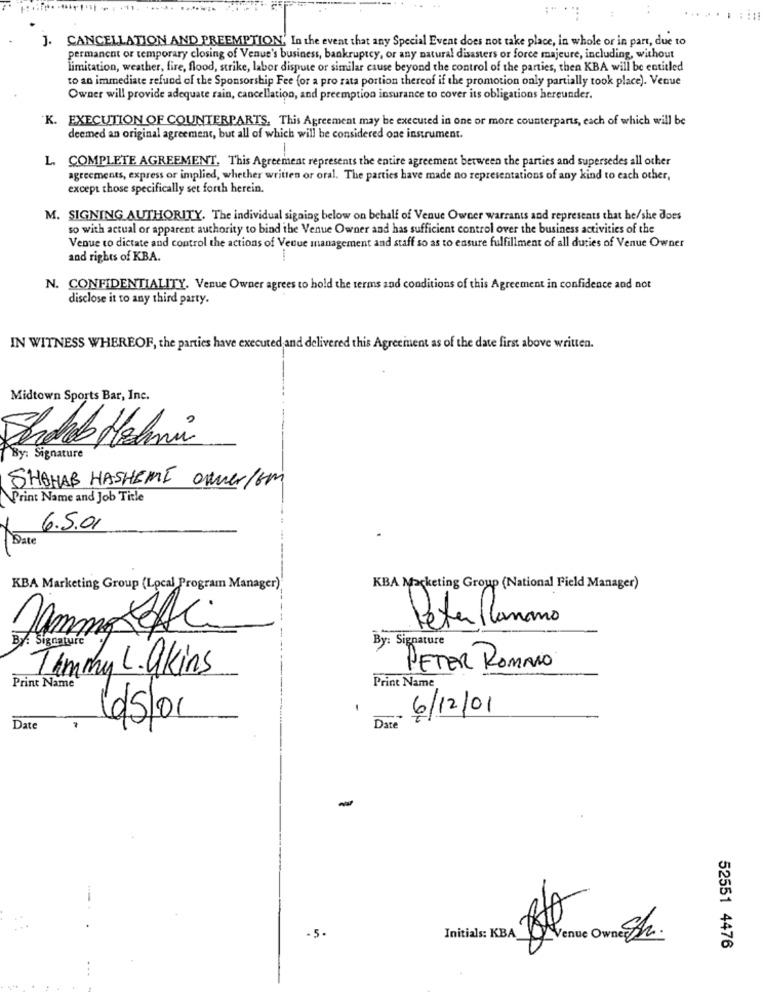
J.
CANCELLATION AND PREEMPTION, In the event that any Special Event does not take place, in whole or in part, due to
permanent or temporary closing of Venue's business, bankruptcy, or any natural disasters or force majeure, including, without
limitation, weather, fire, flood, strike, labor dispute or similar cause beyond the control of the parties, then KBA will be entitled
to an immediate refund of the Sponsorship Fee (or a pro rata portion thereof if the promotion only partially took place). Venue
Owner will provide adequate rain, cancellation, and preemption insurance to cover its obligations hereunder.
K. EXECUTION OF COUNTERPARTS, This Agreement may be executed in one or more counterparts, each of which will be
deemed an original agreement, but all of which will be considered one instrument.
L. COMPLETE AGREEMENT. This Agreement represents the entire agreement between the parties and supersedes all other
agreements, express or implied, whether written or oral. The parties have made no representations of any kind to each other,
except those specifically set forth herein.
M. SIGNING AUTHORITY. The individual signing below on behalf of Venue Owner warrants and represents that he/she does
so with actual or apparent authority to bind the Venue Owner and has sufficient control over the business activities of the
Venue to dictate and control the actions of Vedue management and staff so as to ensure fulfillment of all duties of Venue Owner
and rights of KBA.
N. CONFIDENTIALITY. Venue Owner agrees to hold the terms and conditions of this Agreement in confidence and not
disclose it to any third party.
IN WITNESS WHEREOF, the parties have executed and delivered this Agreement as of the date first above written.
Midtown Sports Bar, Inc.
Sendheb Hashmi
By: Signature
SHOHAB HASHEMI Owner/GM
Print Name and Job Title
6.5.01
Date
KBA Marketing Group (Local Program Manager)
KBA Marketing Group (National Field Manager)
Samma atCi
Peter Ranno
By: Signature
By: Signature
Timmy L. akins
PETER ROMANO
Print Name
Print Name
6/12/01
6/5/01
Date
Date
-
-5-
Initials: KBA
52551 4476